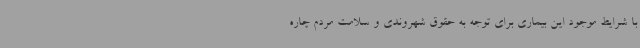
با شرایط موجود این بیماری برای توجه به حقوق شهروندی و سلامت مردم چاره